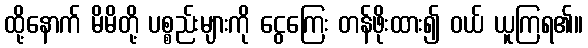
ထို့နောက် မိမိတို့ ပစ္စည်းများကို ငွေကြေး တန်ဖိုးထား၍ ဝယ် ယူကြရ၏။